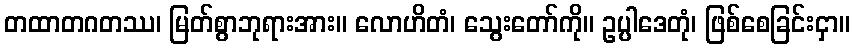
တထာတဂတဿ၊ မြတ်စွာဘုရားအား။ လောဟိတံ၊ သွေးတော်ကို။ ဥပ္ပါဒေတုံ၊ ဖြစ်စေခြင်းငှာ။